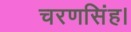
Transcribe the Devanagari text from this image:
चरणसिंह।